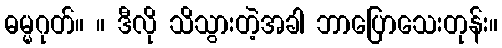
ဓမ္မဂုတ်။ ။ ဒီလို သိသွားတဲ့အခါ ဘာပြောသေးတုန်း။